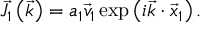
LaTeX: { \vec { J } } _ { 1 } \left( { \vec { k } } \right) = a _ { 1 } { \vec { v } } _ { 1 } \exp \left( i { \vec { k } } \cdot { \vec { x } } _ { 1 } \right) .